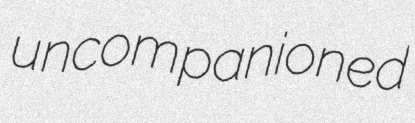
uncompanioned